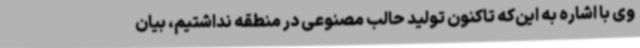
وی با اشاره به این‌که تاکنون تولید حالب مصنوعی در منطقه نداشتیم، بیان